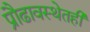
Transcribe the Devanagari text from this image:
प्रौढावस्थेतही